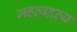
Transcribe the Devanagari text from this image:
महत्वद्रव्य